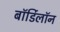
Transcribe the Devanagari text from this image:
बॉर्डिलॉन